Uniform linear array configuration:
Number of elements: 16
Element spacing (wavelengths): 0.25
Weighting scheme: kaiser
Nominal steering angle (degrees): -30
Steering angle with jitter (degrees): -30.694
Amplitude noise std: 0.05
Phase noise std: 0.05

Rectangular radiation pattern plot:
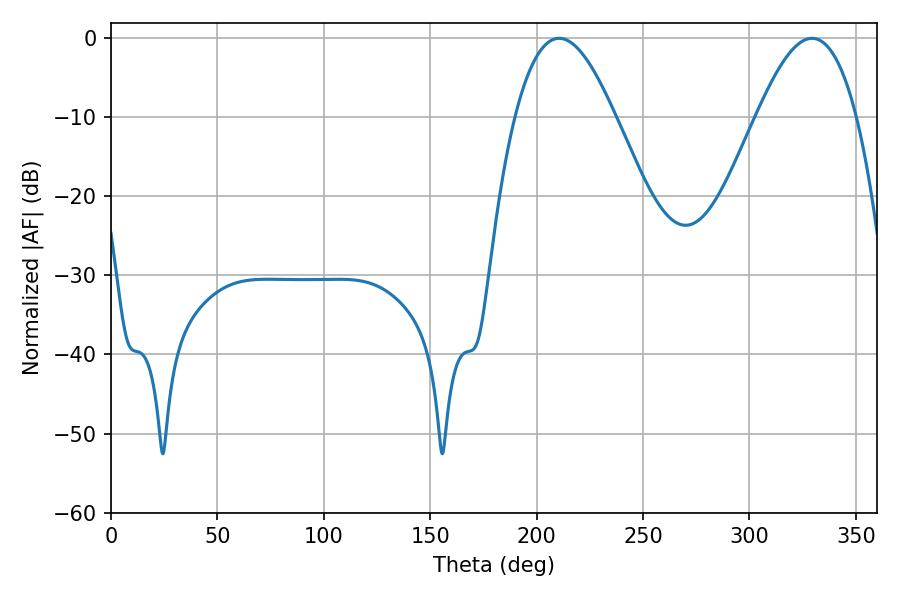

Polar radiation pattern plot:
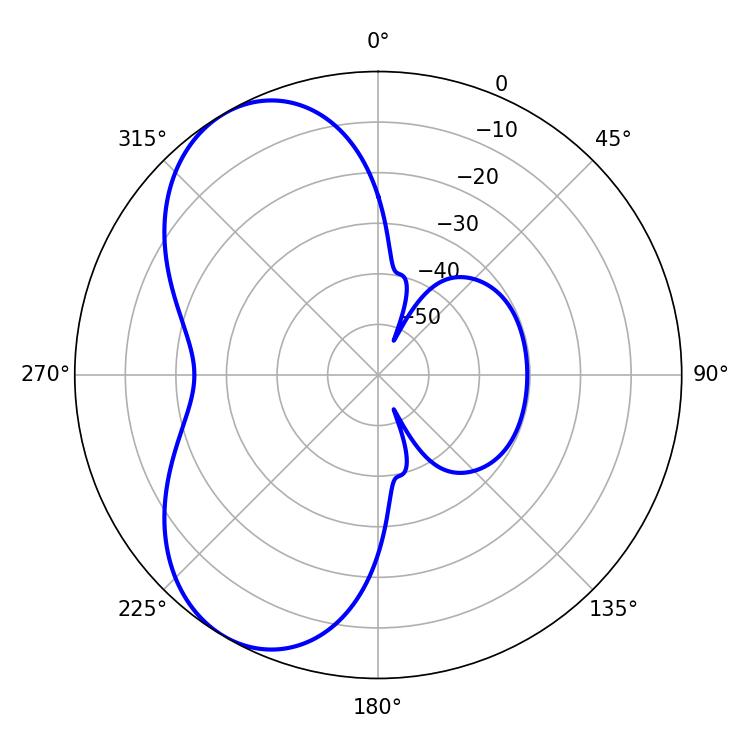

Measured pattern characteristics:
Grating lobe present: FALSE
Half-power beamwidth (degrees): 25.56
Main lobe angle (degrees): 210.6